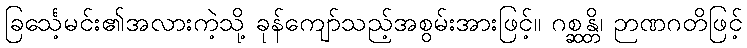
ခြင်္သေ့မင်း၏အလားကဲ့သို့ ခုန်ကျော်သည့်အစွမ်းအားဖြင့်။ ဂစ္ဆန္တိ၊ ဉာဏဂတိဖြင့်